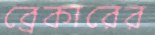
ব্রেকারের